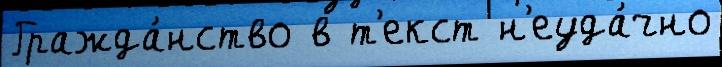
Гражда́нство в т'екст н'еуда́чно